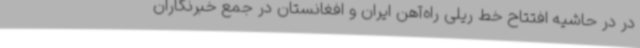
در در حاشیه افتتاح خط ریلی راه‌آهن ایران و افغانستان در جمع خبرنگاران